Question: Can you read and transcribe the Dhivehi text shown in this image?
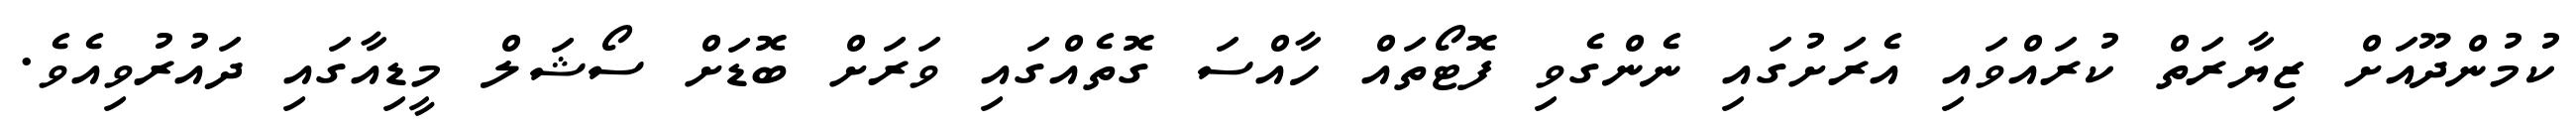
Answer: ކުމުންދޫއަށް ޒިޔާރަތް ކުރައްވައި އެރަށުގައި ނެންގެވި ފޮޓޯތައް ހާއްސަ ގޮތެއްގައި ވަރަށް ބޮޑަށް ސޯޝަލް މީޑިއާގައި ދައުރުވިއެވެ.